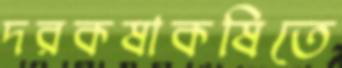
দরকষাকষিতে